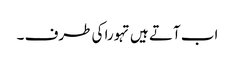
اب آتے ہیں تہورا کی طرف ۔